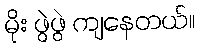
မိုး ဖွဲဖွဲ ကျနေတယ်။